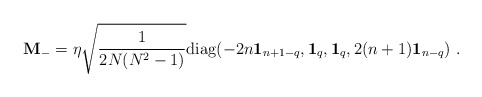
\begin{align*}{\bf M}_- = \eta \sqrt{1 \over {2N(N^2-1)}} {\rm diag} ( -2n {\bf 1}_{n+1-q}, {\bf 1}_q, {\bf 1}_q, 2(n+1){\bf 1}_{n-q} ) \ .\end{align*}